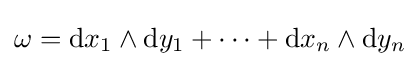
\omega =\mathrm {d} x_{1}\wedge \mathrm {d} y_{1}+\dotsb +\mathrm {d} x_{n}\wedge \mathrm {d} y_{n}